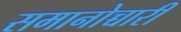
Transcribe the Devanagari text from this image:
समानोच्चारी